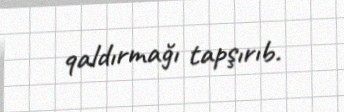
qaldırmağı tapşırıb.